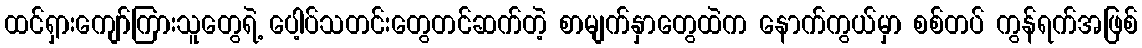
ထင်ရှားကျော်ကြားသူတွေရဲ့ ပေါ့ပ်သတင်းတွေတင်ဆက်တဲ့ စာမျက်နှာတွေထဲက နောက်ကွယ်မှာ စစ်တပ် ကွန်ရက်အဖြစ်